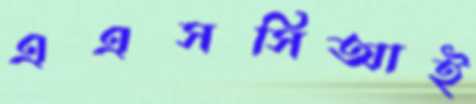
এএসসিআই